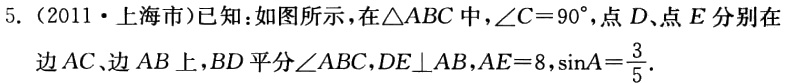
5.（2011·上海市）已知：如图所示，在\(\triangle ABC\)中，\(\angle C = 90^{\circ}\)，点\(D\)、点\(E\)分别在边\(AC\)、边\(AB\)上，\(BD\)平分\(\angle ABC\)，\(DE\perp AB\)，\(AE = 8\)，\(\sin A=\frac{3}{5}\).